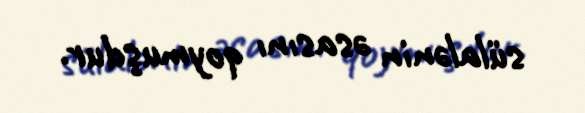
sülalənin əsasını qoymuşdur.